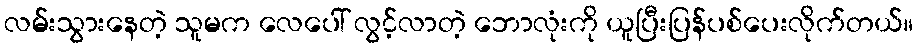
လမ်းသွားနေတဲ့ သူမက လေပေါ် လွင့်လာတဲ့ ဘောလုံးကို ယူပြီးပြန်ပစ်ပေးလိုက်တယ်။